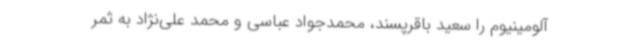
آلومینیوم را سعید باقرپسند، محمدجواد عباسی و محمد علی‌نژاد به ثمر